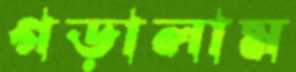
গড়ালাম